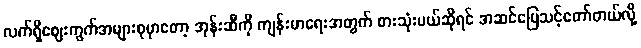
လက်ရှိဈေးကွက်အများစုမှာတော့ အုန်းဆီကို ကျန်းမာရေးအတွက် စားသုံးမယ်ဆိုရင် အဆင်ပြေသင့်တော်တယ်လို့